Lunatic asylums Madras 1892-1911 - 1892-1911
Year: 1892
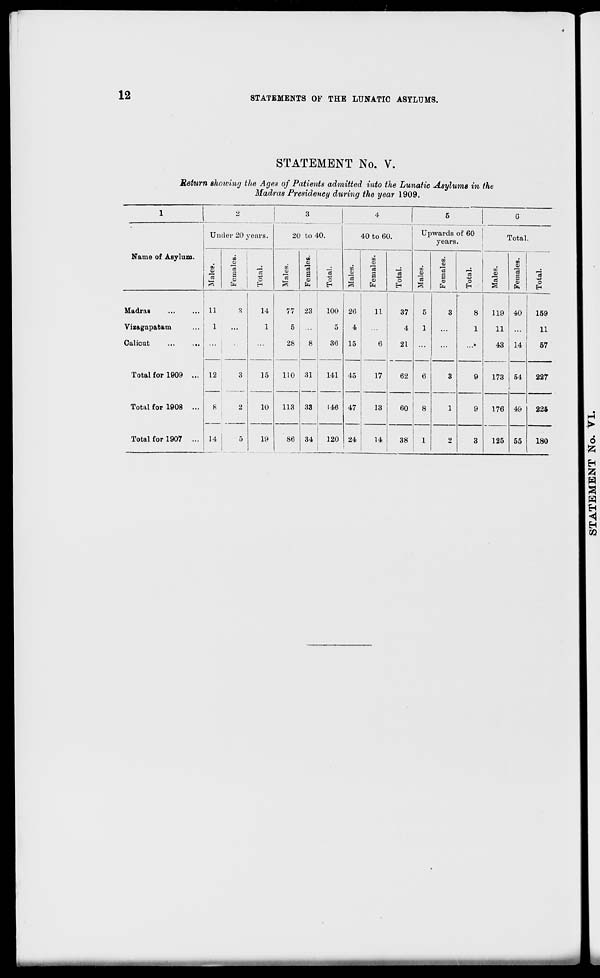
12
STATEMENTS OF THE LUNATIC ASYLUMS.
STATEMENT No. V.
Return showing the Ages of Patients admitted into the Lunatic Asylums in the
Madras Presidency during the year 1909.
1
2
-ears.
20
3
|
4
5
|
0
Under 20 }
to 40.
40 to 60.
Upwards of 60
years.
Total.
Name of Asylum.
O
B0
S
CD
& !
o
cc
co
09
CO
7a
a
CO
(fa
"5
"c
CO
cc
IB
eel
a
©
CO
O
CO
_cu
"3
in
CO
To
S
CO
C3
O
CO
<0
CO
CO
H
s
CO
13
o
Madras
11
3
14
23
100 26
11
37
5
3
8
119 40
159
Vizagapatam
1
1
5
5
4
...
4
1
...
1
11
...
11
Calicut
...
28
8
3*3 15
6
21
...
...»
43 14
57
Total for 1909 ... 12
3
15
110 31
141 45
17
62
6
3
9
173 54
227
Total for 1908 ...
8
2
10
19
113 33
34
146 47
1 24
13
60
8
1
9
176 49
55
225
Total for 1907 ... 14
5
S6
120
1
14
I
38
1
1
2
3
125
180